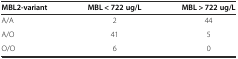
| MBL2-variant | MBL < 722 ug/L | MBL > 722 ug/L |
 | --- | --- | --- |
 | A/A | 2 | 44 |
 | A/O | 41 | 5 |
 | O/O | 6 | 0 |